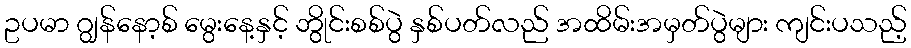
ဥပမာ ဂျွန်နော့စ် မွေးနေ့နှင့် ဘွိုင်းစစ်ပွဲ နှစ်ပတ်လည် အထိမ်းအမှတ်ပွဲများ ကျင်းပသည့်